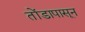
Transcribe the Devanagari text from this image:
तोंडापासून